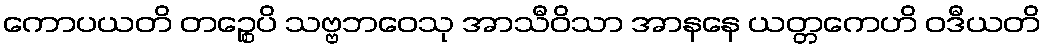
ကောပယတိ တဉ္စေပိ သဗ္ဗဘဝေသု အာသီဝိသာ အာနနေ ယတ္တကေဟိ ဝဒီယတိ